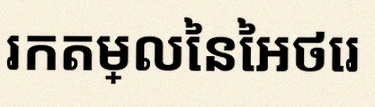
រកតម្លៃនៃអថេរ